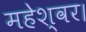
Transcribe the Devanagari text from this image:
महेश्वर।